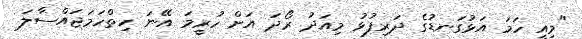
"މިއީ ހަމަ އަޅުގަނޑުގެ ދަރިފުޅު މިއަދު ރޯދަ އަށް ހުރީމަ އޭނަ ހިތްހަމަޖައްސާލަ